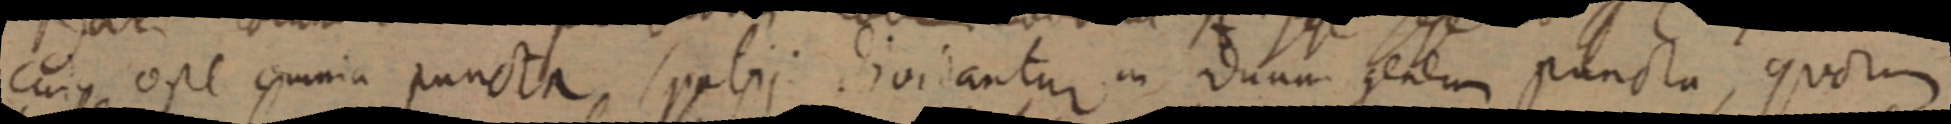
cujus ope omnia puncta, pabii diviantur in duna geneum puncta, quorum